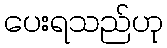
ပေးရသည်ဟု